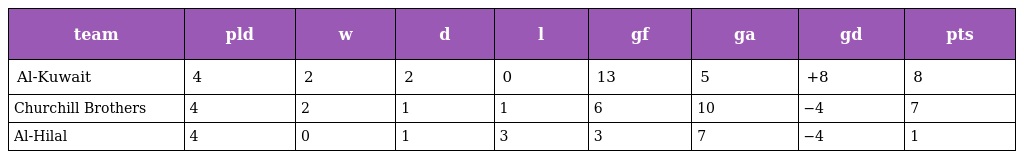
| team | pld | w | d | l | gf | ga | gd | pts |
 | --- | --- | --- | --- | --- | --- | --- | --- | --- |
 | Al-Kuwait | 4 | 2 | 2 | 0 | 13 | 5 | +8 | 8 |
 | Churchill Brothers | 4 | 2 | 1 | 1 | 6 | 10 | −4 | 7 |
 | Al-Hilal | 4 | 0 | 1 | 3 | 3 | 7 | −4 | 1 |